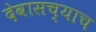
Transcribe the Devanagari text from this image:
देवासच्याच